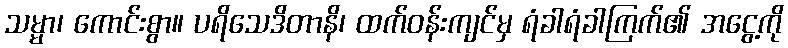
သမ္မာ၊ ကောင်းစွာ။ ပရိသေဒိတာနိ၊ ထက်ဝန်းကျင်မှ ရံခါရံခါကြက်၏ အငွေ့ကို